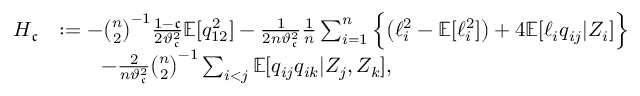
\begin{array} { r l } { H _ { \mathfrak { c } } } & { : = - \binom { n } { 2 } ^ { - 1 } \frac { 1 - \mathfrak { c } } { 2 \vartheta _ { \mathfrak { c } } ^ { 2 } } \mathbb { E } [ q _ { 1 2 } ^ { 2 } ] - \frac { 1 } { 2 n \vartheta _ { \mathfrak { c } } ^ { 2 } } \frac { 1 } { n } \sum _ { i = 1 } ^ { n } \Big \{ \big ( \ell _ { i } ^ { 2 } - \mathbb { E } [ \ell _ { i } ^ { 2 } ] \big ) + 4 \mathbb { E } [ \ell _ { i } q _ { i j } | Z _ { i } ] \Big \} } \\ & { \qquad - \frac { 2 } { n \vartheta _ { \mathfrak { c } } ^ { 2 } } \binom { n } { 2 } ^ { - 1 } \sum _ { i < j } \mathbb { E } [ q _ { i j } q _ { i k } | Z _ { j } , Z _ { k } ] , } \end{array}